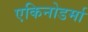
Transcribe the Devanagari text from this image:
एकिनोडर्मा